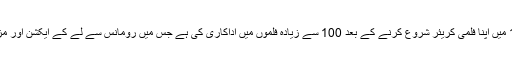
انھوں نے سنہ 1981 میں اپنا فلمی کریئر شروع کرنے کے بعد 100 سے زیادہ فلموں میں اداکاری کی ہے جس میں رومانس سے لے کے ایکشن اور مزاحیہ فلمیں شامل ہیں۔